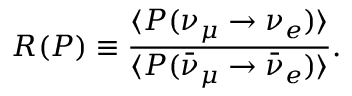
R ( P ) \equiv \frac { \langle P ( \nu _ { \mu } \to \nu _ { e } ) \rangle } { \langle P ( \bar { \nu } _ { \mu } \to \bar { \nu } _ { e } ) \rangle } .